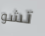
تشو